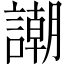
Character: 謿